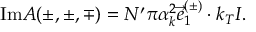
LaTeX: \mathrm { I m } { \cal A } ( \pm , \pm , \mp ) = { \cal N } ^ { \prime } \pi \alpha _ { k } ^ { 2 } \vec { e } _ { 1 } ^ { ( \pm ) } \cdot k _ { T } { \cal I } .